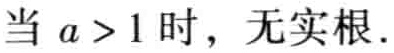
当 \(a > 1\) 时，无实根.